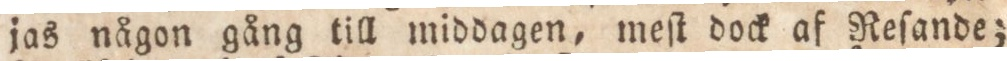
jas någon gång till middagen, meſt dock af Reſande;